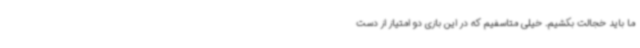
ما باید خجالت بکشیم. خیلی متاسفیم که در این بازی دو امتیاز از دست